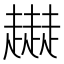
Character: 𧾜